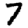
Digit: 7